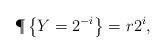
LaTeX: \begin{align*}\P\left\{ Y = 2^{-i} \right\} = r 2^i,\end{align*}